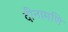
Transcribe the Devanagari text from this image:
दीनामणि